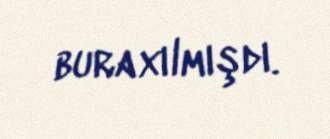
buraxılmışdı.